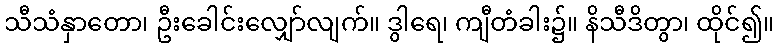
သီသံနှာတော၊ ဦးခေါင်းလျှော်လျက်။ ဒွါရေ၊ ကျီတံခါး၌။ နိသီဒိတွာ၊ ထိုင်၍။